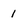
Character: 1